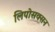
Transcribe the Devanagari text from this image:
लिपोसक्सन